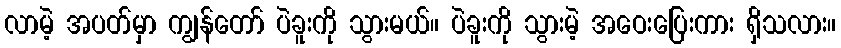
လာမဲ့ အပတ်မှာ ကျွန်တော် ပဲခူးကို သွားမယ်။ ပဲခူးကို သွားမဲ့ အဝေးပြေးကား ရှိသလား။